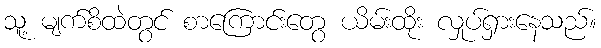
သူ့ မျက်စိထဲတွင် စာကြောင်းတွေ ယိမ်းထိုး လှုပ်ရှားနေသည်။